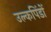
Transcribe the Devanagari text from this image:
उल्कपिंडों